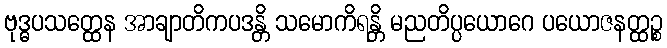
ဗုဒ္ဓပသတ္ထေန အာချာတိကပဒန္တိ သမောကိရန္တိ မညတိပ္ပယောဂေ ပယောဇနတ္ထဉ္စ